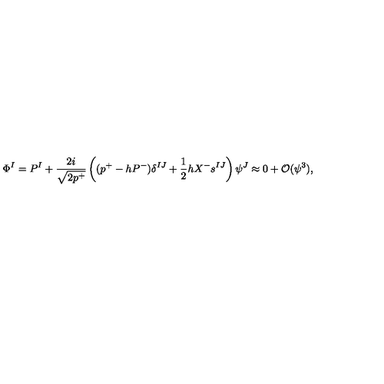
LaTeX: \Phi ^ { I } = P ^ { I } + \frac { 2 i } { \sqrt { 2 p ^ { + } } } \left( ( p ^ { + } - h P ^ { - } ) \delta ^ { I J } + \frac { 1 } { 2 } h X ^ { - } s ^ { I J } \right) \psi ^ { J } \approx 0 + { \cal O } ( \psi ^ { 3 } ) ,